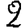
Digit: 2